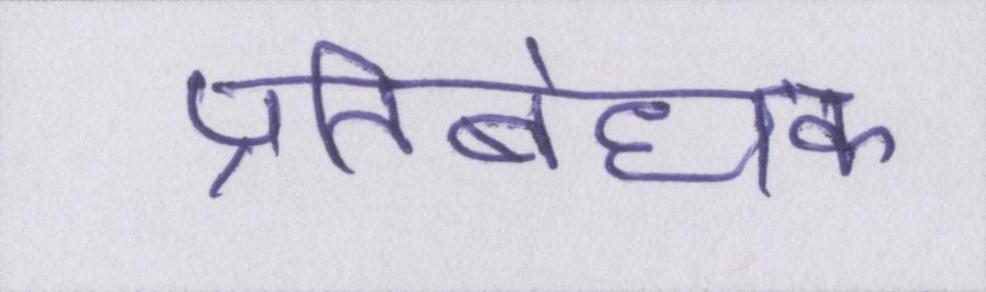
प्रतिबंधक